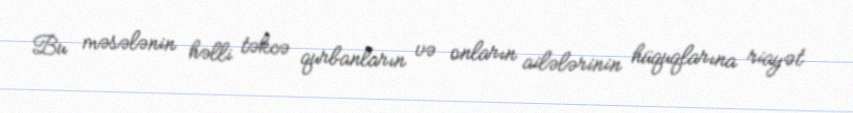
Bu məsələnin həlli təkcə qurbanların və onların ailələrinin hüquqlarına riayət